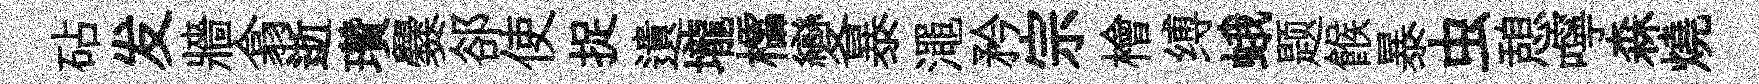
砧发牆翕逝瓚爨郤使捉遺壠櫺變暴澠矜宗檜缚蛾题餱暴虫憩嚀森燒